Materia medica of Madras volume I
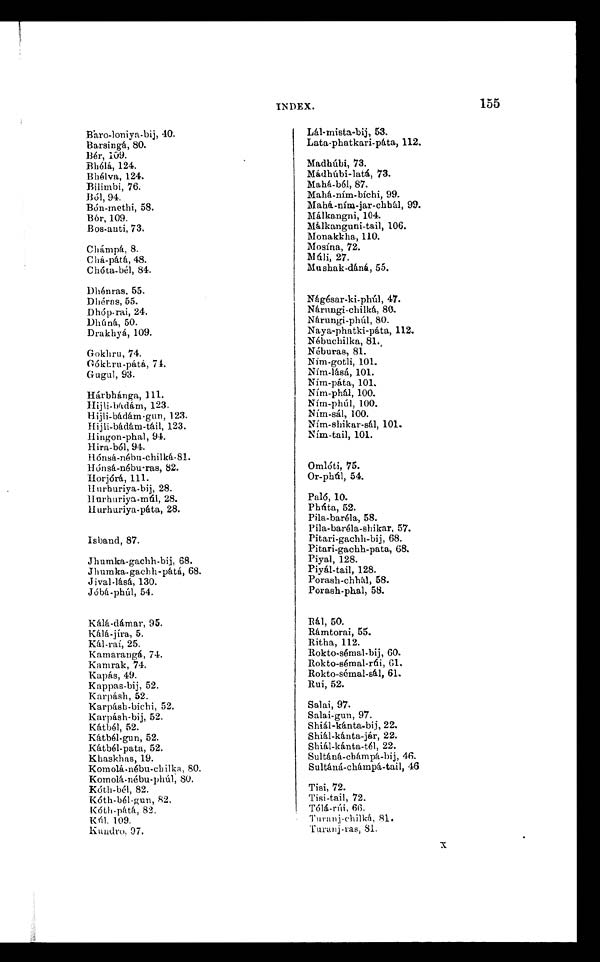
INDEX.
155
Båro-loniya-bij, 40.
Barsingá, 80.
Bér, 109.
Bhélá, 1 2 4 .
Bhé1va, 124.
B i l i m b i , 7 6
Ból, 94.
Bón-methi, 58.
Bór, 109.
Bos-anti, 73.
Chámpá, 8.
Chá-pátá, 48.
Chóta-bél, 84.
Dhénras, 55.
Dhéras, 55.
Dhóp-rai, 24.
Dhúná, 50.
Drakhyá, 109.
Gokhru, 74.
Gókbru-pátá, 74.
Gugul, 93.
Hárbhánga, 111.
Hijli-bádám, 123.
Hijli-bádám-gun, 123.
Hijli-bádám-táil, 123.
Hingon-phal, 94.
Hira-ból, 94.
Hónsá-nébu-chilká, 81.
Hónsá-nébu-ras, 82.
Horjórá, 111.
Hurhuriya-bij, 28.
Hurhuriya-múl, 28.
Hurhuriya-páta, 28.
Isbaud, 87.
Jhumka-gachh-bij, 68.
Jhumka.gachh-pátá, 68.
Jival-lásá, 130.
Jóbá-phúl, 54.
Kálá-dámar, 95.
Kálá-jíra, 5.
Kál-raí, 25.
Kamarangá, 74.
Kamrak, 74.
Kapás, 49.
Kappas-bij, 52.
Karpásh, 52.
Karpásh.bichi, 52.
Karpásh-bij, 52.
Kátbél, 52.
Kátbél-gun, 52.
Kátbél-pata, 52.
Khaskhas, 19.
Komolá-nébu-chilka, 80.
Komolá-nébu-phúl, 80.
Kóth-bél, 82.
Kóth-bél-gun, 82,
Kóth-pátá, 82,
Kńl. 109.
Kundro, 97.
Lál-mista-bij, 53.
Lata-phatkari-páta, 112.
Madhúbi, 73.
Mádhúbi-latá, 73.
Mahá-bél, 87.
Mahá-ním-bíchi, 99.
Mahá-ním-jar-chbál, 99.
Málkangni, 104.
Málkanguni-tail, 106.
Monakkha, 110.
Mosína, 72.
Múli 27.
Mushak-dáná, 55.
Nágésar-ki.phúl, 47.
Nárungi-chilká, 80.
Nárungi-phúl, 80.
Naya-phatki-páta, 112.
Nébuchilka, 81.
Néburas, 81.
Ním-gotli, 101.
Ním-lásá, 101.
Nim-pata, 101.
Ním-phá1, 100.
Nírn-phúl, 100.
Ním-sál, 100.
Ním-shikar-sál, 101
.
Ním-tail, 101.
Omlóti, 75.
Or-phúl, 54.
Paló, 10.
Phúta, 52.
Pila-baréla, 58.
Pila-baréla-shikar, 57.
Pitari-gachh-bij, 68.
Pitari-gachh-pata, 68.
Piyal, 128.
Piyál-tail, 128.
Porash-chhál, 58.
Porash-phal, 58.
Rál, 50.
Rámtorai, 55.
Ritha, 112.
Rokto-sémal-bij, 60.
Rokto-sémal-rúi, 61.
Rokto-semal-shl, 61.
Rui, 52.
Salai, 97.
Salai-gun, 97.
Shiál-kánta-bij, 22.
Shiál-kánta-jár, 22.
Shiál-kánta-tél, 22.
Sultáná-cbámpá-bij, 46.
Sultáná-chámpá-tail, 46
.
Tisi, 72.
Tisi-tail, 72.
Tólá-rúi, 66.
Turanj-chilká, 81.
Turanj-ras, 81.